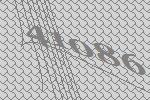
41086